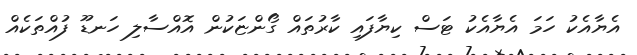
އެޔާއެކު ހަމަ އެޔާއެކު ޓަސް ކިޔާފައި ކާރުތައް ގޯންޏަކުން އޮއްސާލި ހަނޑޫ ފުއްތަކެއް